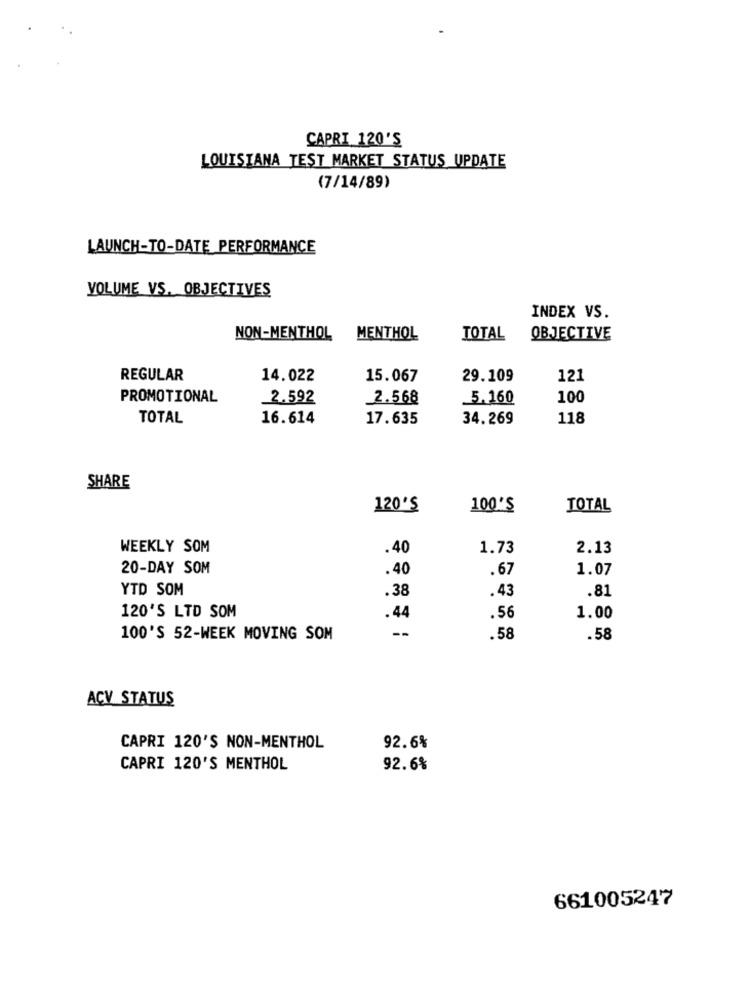
CAPRI 120'S
LOUISIANA TEST MARKET STATUS UPDATE
(7/14/89)
LAUNCH-TO-DATE PERFORMANCE
VOLUME VS. OBJECTIVES
INDEX VS.
NON-MENTHOL
MENTHOL
TOTAL
OBJECTIVE
REGULAR
14.022
15.067
29.109
121
PROMOTIONAL
2.592
2.568
_5.160
100
TOTAL
16.614
17.635
34.269
118
SHARE
120'S
100'S
TOTAL
WEEKLY SOM
.40
1.73
2.13
20-DAY SOM
.40
.67
1.07
YTD SOM
.38
.43
.81
120'S LTD SOM
.44
.56
1.00
--
100'S 52-WEEK MOVING SOM
.58
.58
ACV STATUS
CAPRI 120'S NON-MENTHOL
92.6%
CAPRI 120'S MENTHOL
92.6%
661005247